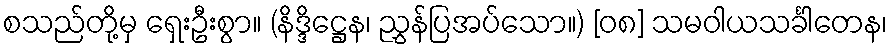
စသည်တို့မှ ရှေးဦးစွာ။ (နိဒ္ဒိဋ္ဌေန၊ ညွှန်ပြအပ်သော။) [၀၈] သမဝါယသင်္ခါတေန၊